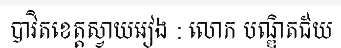
បាវិតខេត្តស្វាយរៀង : លោក បណ្ឌិតជ័យ